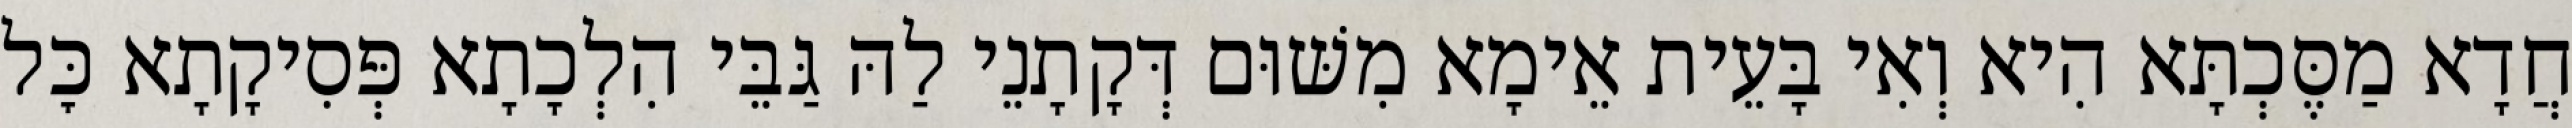
חֲדָא מַסֶּכְתָּא הִיא וְאִי בָּעֵית אֵימָא מִשּׁוּם דְּקָתָנֵי לַהּ גַּבֵּי הִלְכָתָא פְּסִיקָתָא כׇּל